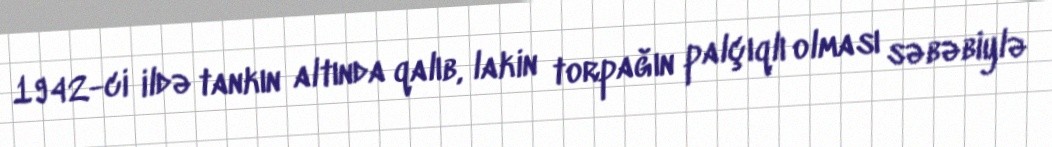
1942-ci ildə tankın altında qalıb, lakin torpağın palçıqlı olması səbəbiylə